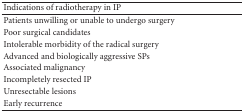
<table><thead><tr><td><b>Indications of radiotherapy in IP</b></td></tr></thead><tbody><tr><td>Patients unwilling or unable to undergo surgery</td></tr><tr><td>Poor surgical candidates</td></tr><tr><td>Intolerable morbidity of the radical surgery </td></tr><tr><td>Advanced and biologically aggressive SPs</td></tr><tr><td>Associated malignancy</td></tr><tr><td>Incompletely resected IP</td></tr><tr><td>Unresectable lesions</td></tr><tr><td>Early recurrence</td></tr></tbody></table>